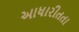
આધારીતતા